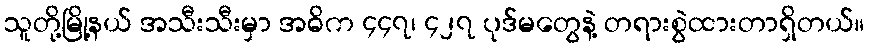
သူတို့မြို့နယ် အသီးသီးမှာ အဓိက ၄၄၇၊ ၄၂၇ ပုဒ်မတွေနဲ့ တရားစွဲထားတာရှိတယ်။